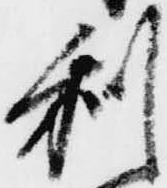
利